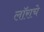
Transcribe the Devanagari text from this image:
लॉराचे